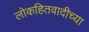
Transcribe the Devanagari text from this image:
लोकहितवादीच्या